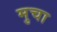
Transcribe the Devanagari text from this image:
मुचा